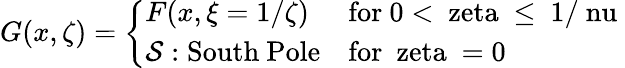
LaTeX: G(x,\zeta)=\left\{ \begin{array}{ll}{{F(x,\xi=1/\zeta)}}&{{\mathrm{for~0<\ zeta~\leq~1/\ nu~}}}\\ {{{\cal S}:\mathrm{South~Pole}}}&{{\mathrm{for~\ zeta~=0~}}}\end{array}\right.